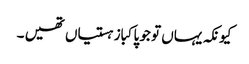
کیونکہ یہاں تو جو پاکباز ہستیاں تھیں ۔